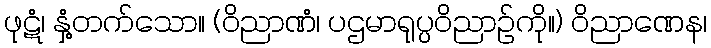
ဖုဋံ၊ နှံ့တက်သော။ (ဝိညာဏံ၊ ပဌမာရုပ္ပဝိညာဉ်ကို။) ဝိညာဏေန၊